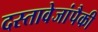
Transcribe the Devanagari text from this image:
दस्तावेजांपैकी